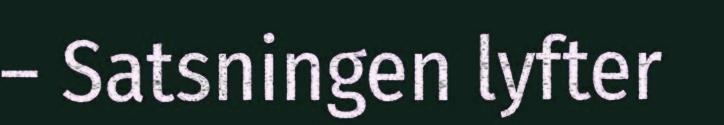
– Satsningen lyfter